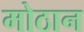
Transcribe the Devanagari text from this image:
मोठान